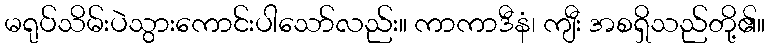
မရုပ်သိမ်းပဲသွားကောင်းပါသော်လည်း။ ကာကာဒီနံ၊ ကျီး အစရှိသည်တို့၏။